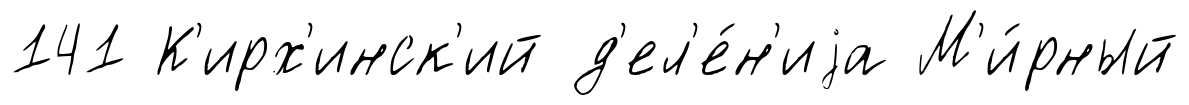
141 К'ирх'инск'ий д'ел'е́н'иjа М'и́рный